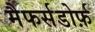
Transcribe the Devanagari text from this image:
मैफर्सडोर्फ़